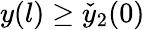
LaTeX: y(l)\ge\check{y}_{2}(0)